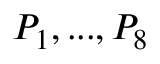
P _ { 1 } , . . . , P _ { 8 }